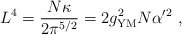
\begin{align*}\qquad L^4 = {N\kappa\over 2 \pi^{5/2}} = 2 g_{{\rm YM}}^2 N \alpha'^2\ ,\end{align*}